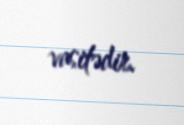
vasitədir.